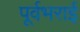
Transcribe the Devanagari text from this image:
पूर्वभराई